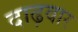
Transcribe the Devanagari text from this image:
दाढ़वार